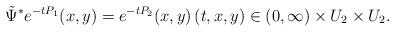
LaTeX: \begin{align*} \tilde\Psi^*e^{-tP_1}(x,y)=e^{-tP_2}(x,y)\,(t,x,y)\in (0,\infty)\times U_2\times U_2.\end{align*}